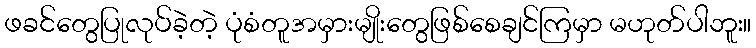
ဖခင်တွေပြုလုပ်ခဲ့တဲ့ ပုံစံတူအမှားမျိုးတွေဖြစ်စေချင်ကြမှာ မဟုတ်ပါဘူး။